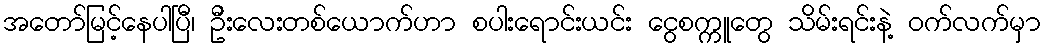
အတော်မြင့်နေပါပြီ၊ ဦးလေးတစ်ယောက်ဟာ စပါးရောင်းယင်း ငွေစက္ကူတွေ သိမ်းရင်းနဲ့ ဝက်လက်မှာ